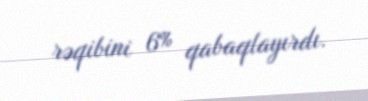
rəqibini 6% qabaqlayırdı.